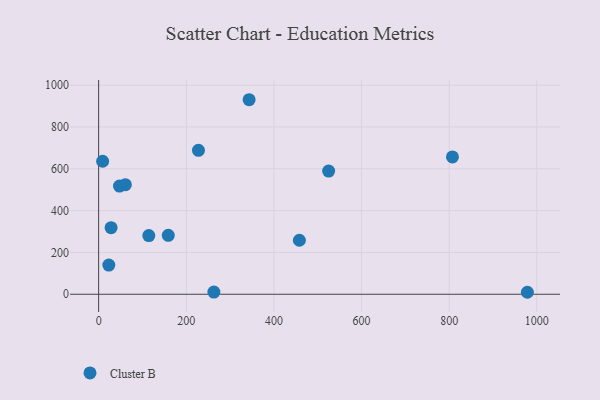
{"axis": {"x": "Speed", "y": "Yield"}, "legend": ["Cluster B"], "data": [{"x": "9.1", "y": 636.2, "type": "Cluster B"}, {"x": "47.6", "y": 517.4, "type": "Cluster B"}, {"x": "807.4", "y": 656.8, "type": "Cluster B"}, {"x": "978.4", "y": 9.5, "type": "Cluster B"}, {"x": "343.4", "y": 930.4, "type": "Cluster B"}, {"x": "114.5", "y": 280.7, "type": "Cluster B"}, {"x": "524.9", "y": 589.0, "type": "Cluster B"}, {"x": "158.9", "y": 282.0, "type": "Cluster B"}, {"x": "61.0", "y": 524.1, "type": "Cluster B"}, {"x": "263.0", "y": 10.5, "type": "Cluster B"}, {"x": "227.8", "y": 688.2, "type": "Cluster B"}, {"x": "28.4", "y": 318.4, "type": "Cluster B"}, {"x": "458.1", "y": 258.2, "type": "Cluster B"}, {"x": "23.2", "y": 139.5, "type": "Cluster B"}]}